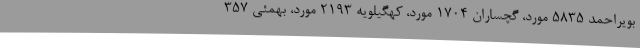
بویراحمد 5835 مورد، گچساران 1704 مورد، کهگیلویه 2193 مورد، بهمئی 357